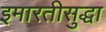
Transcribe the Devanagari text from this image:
इमारतीसुद्धा